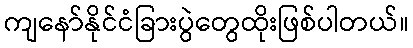
ကျနော်နိုင်ငံခြားပွဲတွေထိုးဖြစ်ပါတယ်။